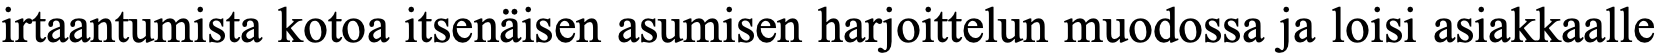
irtaantumista kotoa itsenäisen asumisen harjoittelun muodossa ja loisi asiakkaalle